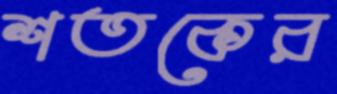
শতকের